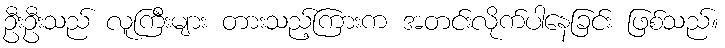
ဦးဦးသည် လူကြီးများ တားသည့်ကြားက အတင်းလိုက်ပါနေခြင်း ဖြစ်သည်။